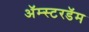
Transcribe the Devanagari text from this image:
अॅम्स्टरडॅम